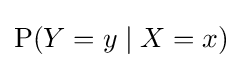
\mathrm {P} (Y=y\mid X=x)